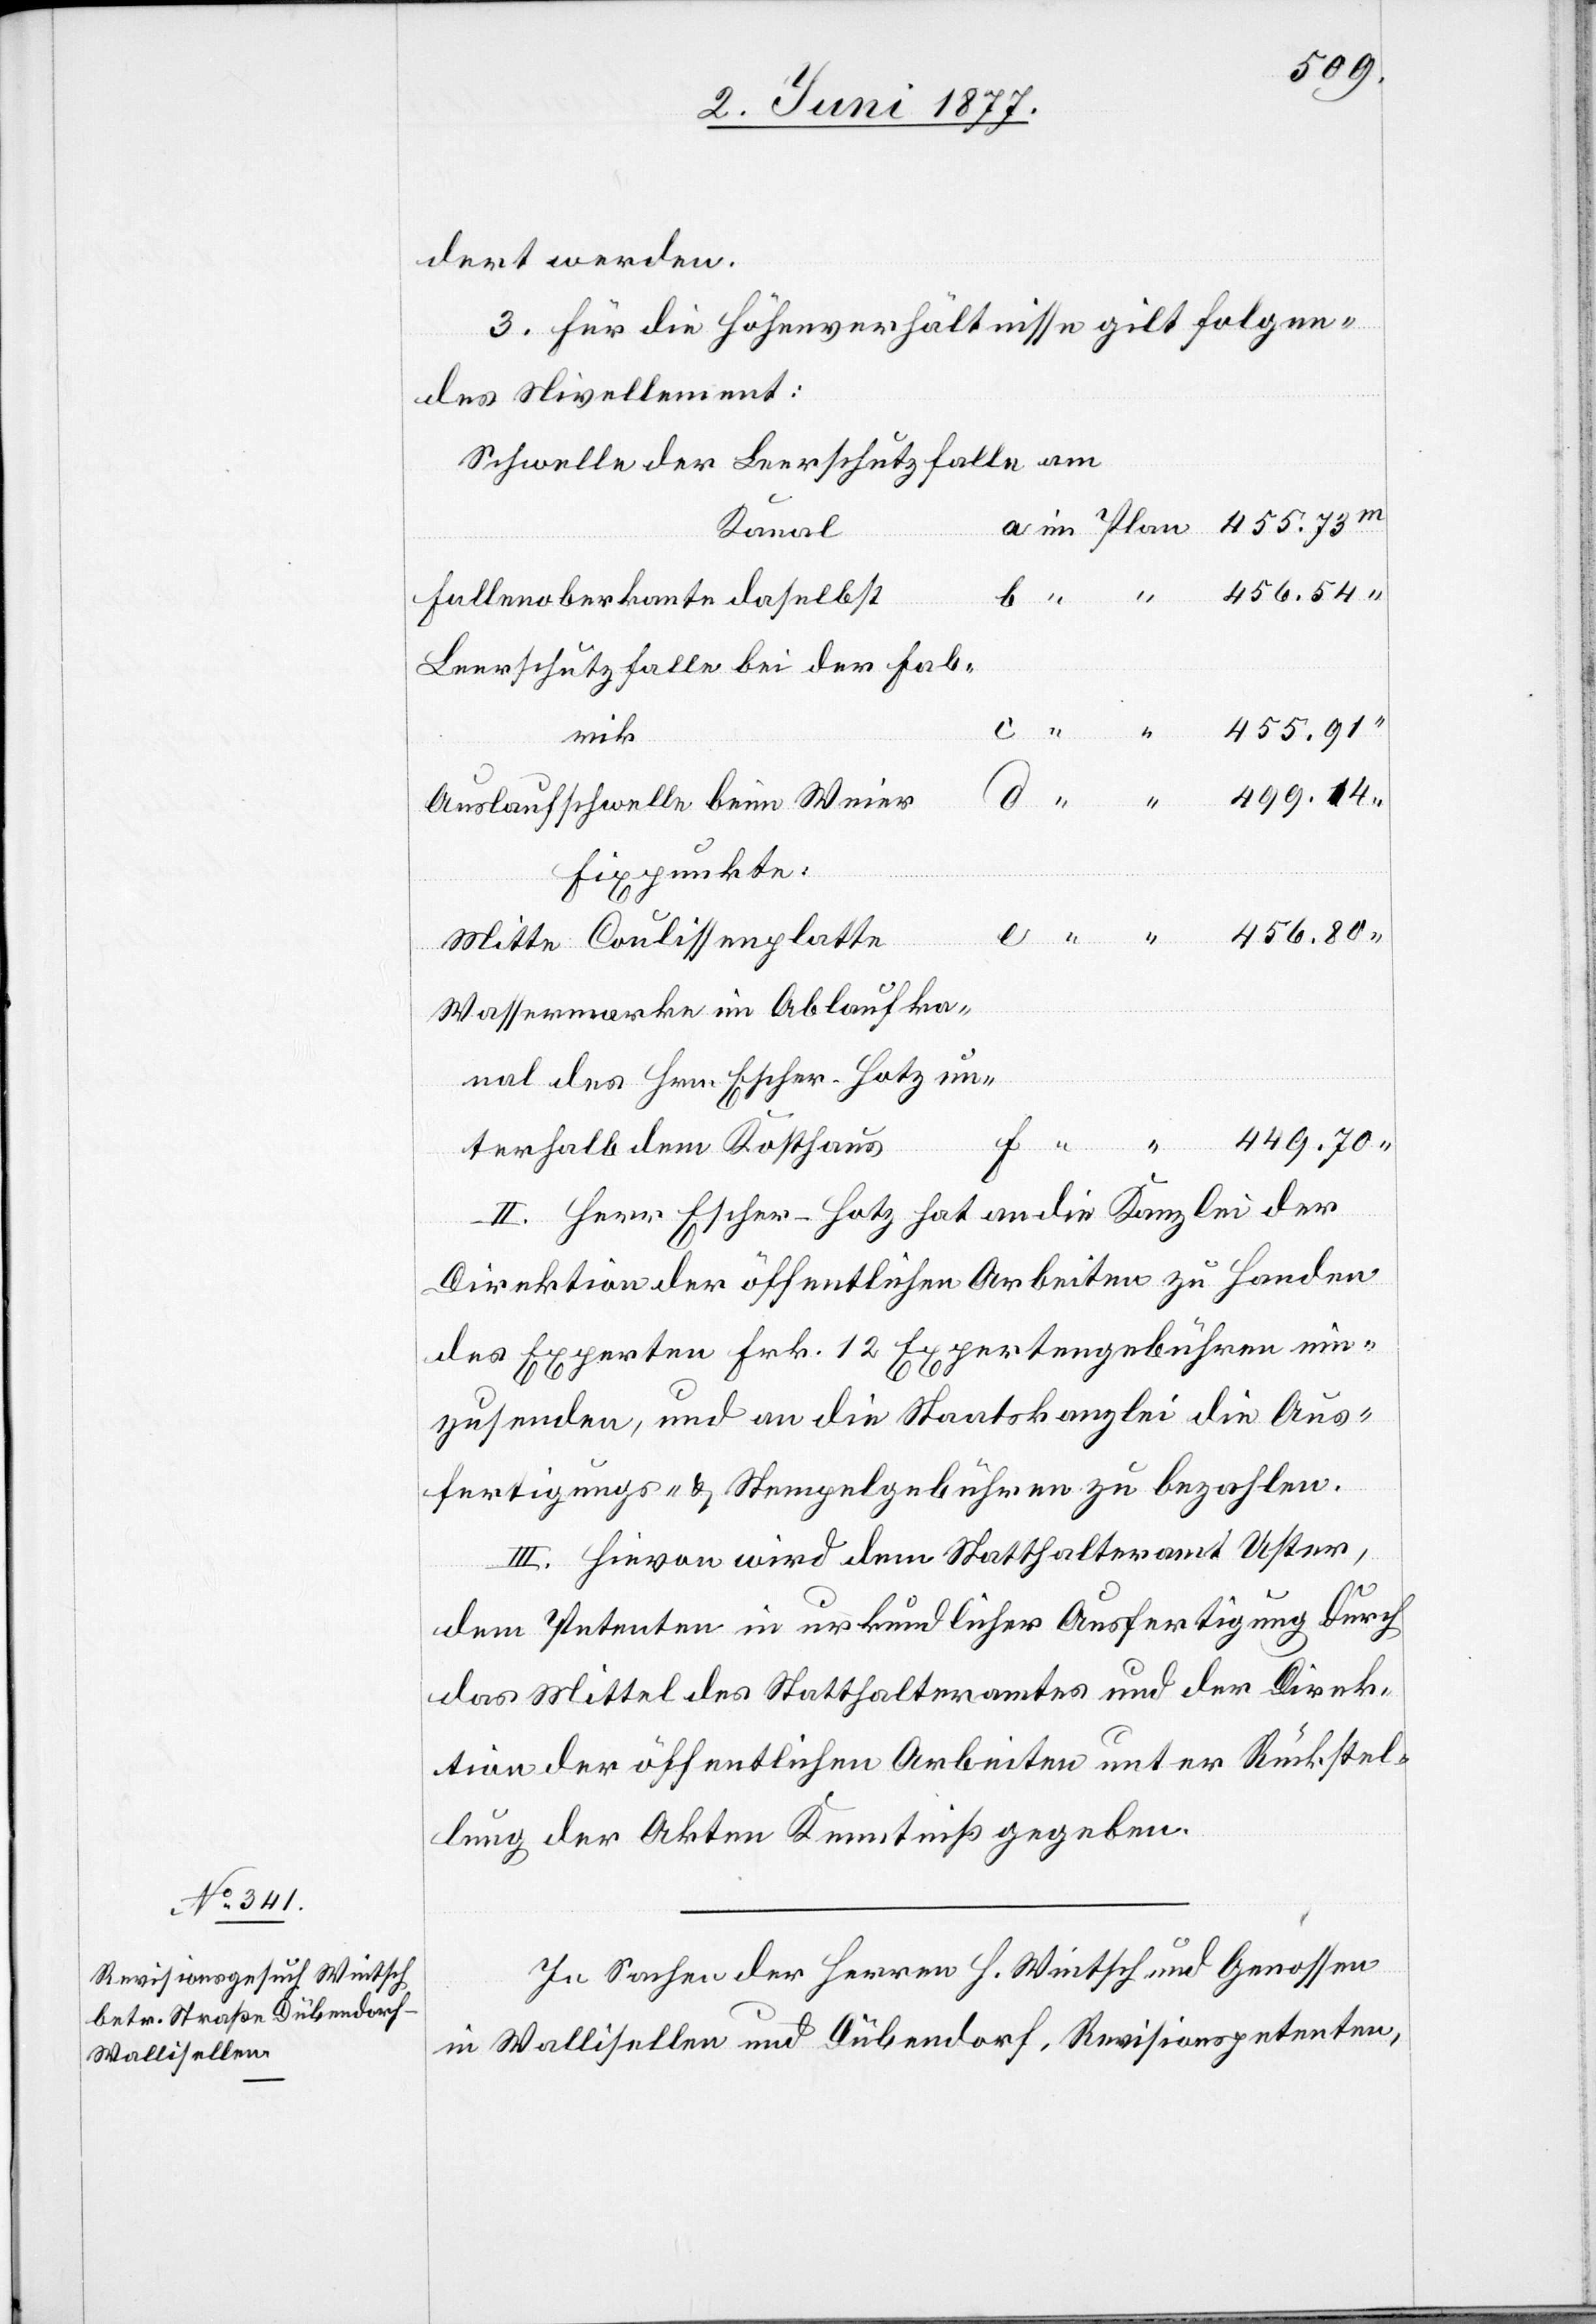
dert werden.
3. Für die Höhenverhältnisse gilt folgen¬
des Nivellement:
Schwelle der Leerschutzfalle am
Kanal
a
Fallenoberkante daselbst
Leerschutzfalle bei der Fab¬
rik
Auslaufschwelle beim Weier
Fixpunkte:
Mitte Coulissenplatte
Wassermarke im Ablaufka¬
nal des Hrn. Escher-Hotz un¬
449.70
terhalb dem Kosthaus
II. Herr Escher-Hotz hat an die Kanzlei der
Direktion der öffentlichen Arbeiten zu Handen
des Experten Frk. 12 Expertengebühren ein¬
zusenden, und an die Staatskanzlei die Aus¬
fertigungs- & Stempelgebühren zu bezahlen.
III. Hievon wird dem Statthalteramt Uster,
dem Petenten in urkundlicher Ausfertigung durch
das Mittel des Statthalteramtes und der Direk¬
tion der öffentlichen Arbeiten unter Rückstel¬
lung der Akten Kenntniß gegeben.
In Sachen der Herren H. Wintsch und Genossen
in Wallisellen und Dübendorf, Revisionspetenten,